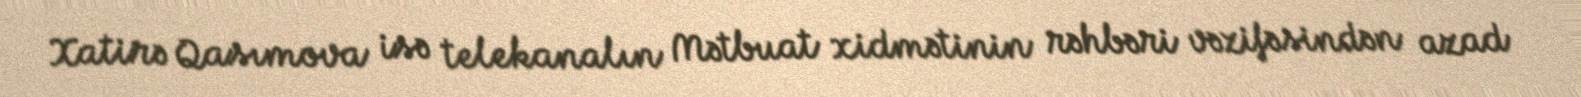
Xatirə Qasımova isə telekanalın Mətbuat xidmətinin rəhbəri vəzifəsindən azad